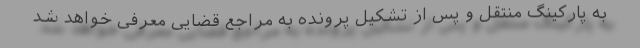
به پارکینگ منتقل و پس از تشکیل پرونده به مراجع قضایی معرفی خواهد شد